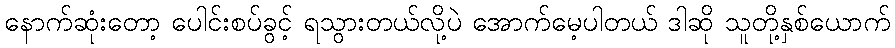
နောက်ဆုံးတော့ ပေါင်းစပ်ခွင့် ရသွားတယ်လို့ပဲ အောက်မေ့ပါတယ် ဒါဆို သူတို့နှစ်ယောက်